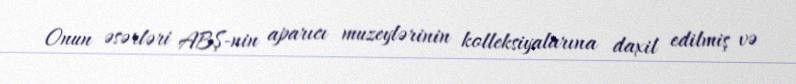
Onun əsərləri ABŞ-nin aparıcı muzeylərinin kolleksiyalarına daxil edilmiş və